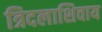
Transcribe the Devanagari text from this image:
त्रिदलाशिवाय